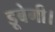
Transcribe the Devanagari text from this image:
डूबेगी।